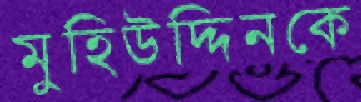
মুহিউদ্দিনকে